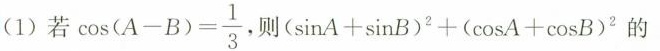
(1)若 $$\cos ( A - B ) = \frac { 1 } { 3 }$$ 则$$( \sinA + \sin B ) ^ { 2 } + ( \cos A + \cos B ) ^ { 2 }$$的